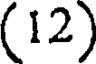
(12)